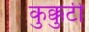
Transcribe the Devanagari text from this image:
कुक्कुटी